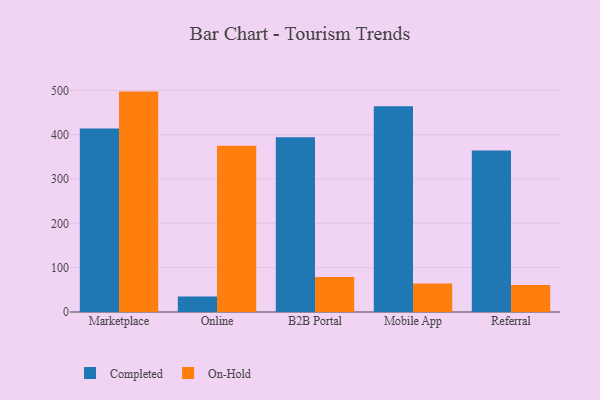
{"axis": {"x": "Channel", "y": "Waste Production (Tons)"}, "legend": ["Completed", "On-Hold"], "data": [{"x": "Marketplace", "y": 414.0, "type": "Completed"}, {"x": "Marketplace", "y": 497.2, "type": "On-Hold"}, {"x": "Online", "y": 34.8, "type": "Completed"}, {"x": "Online", "y": 374.9, "type": "On-Hold"}, {"x": "B2B Portal", "y": 394.2, "type": "Completed"}, {"x": "B2B Portal", "y": 79.0, "type": "On-Hold"}, {"x": "Mobile App", "y": 464.4, "type": "Completed"}, {"x": "Mobile App", "y": 64.5, "type": "On-Hold"}, {"x": "Referral", "y": 364.3, "type": "Completed"}, {"x": "Referral", "y": 60.7, "type": "On-Hold"}]}